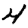
Digit: 4